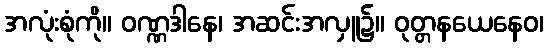
အလုံးစုံကို။ ဝဏ္ဏဒါနေ၊ အဆင်းအလှူ၌။ ဝုတ္တနယေနေဝ၊